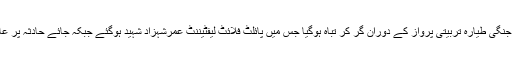
ترجمان پاک فضائیہ کے مطابق جمرود کے قریب پاک فضائیہ کا جنگی طیارہ تربیتی پرواز کے دوران گر کر تباہ ہوگیا جس میں پائلٹ فلائٹ لیفٹیننٹ عمرشہزاد شہید ہوگئے جبکہ جائے حادثہ پر عام شہریوں کے کسی قسم کے جانی نقصنا کی کوئی اطلاع نہیں ہیں۔